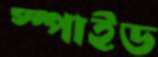
স্পাইড